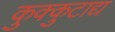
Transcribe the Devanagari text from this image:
कुक्कुटाद्य